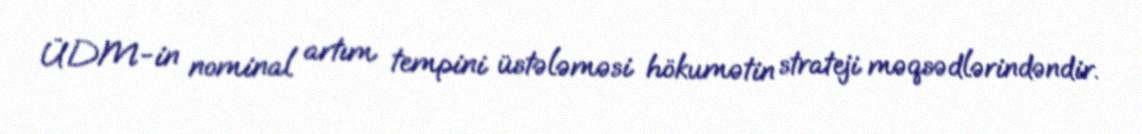
ÜDM-in nominal artım tempini üstələməsi hökumətin strateji məqsədlərindəndir.